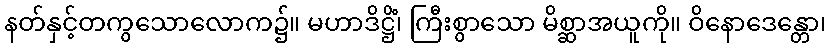
နတ်နှင့်တကွသောလောက၌။ မဟာဒိဋ္ဌိံ၊ ကြီးစွာသော မိစ္ဆာအယူကို။ ဝိနောဒေန္တော၊